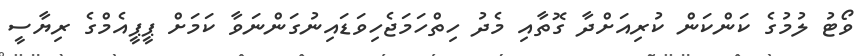
ވޯޓު ލުމުގެ ކަންކަން ކުރިއަށްދާ ގޮތާއި މެދު ހިތްހަމަޖެހިވަޑައިނުގަންނަވާ ކަމަށް ޕީޕީއެމްގެ ރިޔާސީ